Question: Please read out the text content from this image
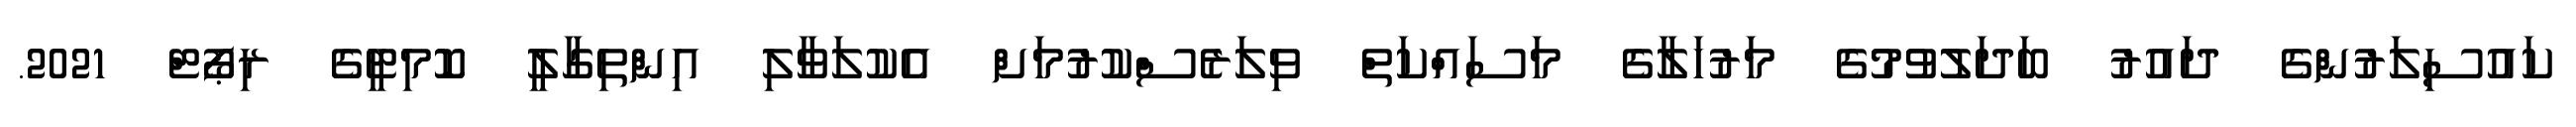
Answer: ކައުސިލަރުންގެ ދައުރު ބަދަލުވުމުގެ މަރުހަލާގެ މަސައްކަތް ވިލަރެސްކުރުމަށް އެކުލަވާލި އިންތިގާލީ ކޮމިޓީގެ ރިޕޯޓް 2021.